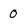
Character: 0